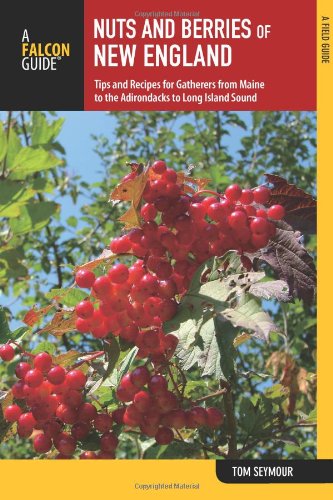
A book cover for Nuts and Berries of New England: Tips And Recipes For Gatherers From Maine To The Adirondacks To Long Island Sound (Nuts and Berries Series); Tom Seymour; Cookbooks, Food & Wine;